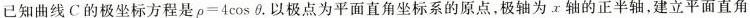
已知曲线C的极坐标方程是$$ρ = 4 \cos θ$$.以极点为平面直角坐标系的原点，极轴为x轴的正半轴，建立平面直角